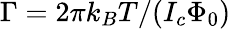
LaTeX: \Gamma=2\pi k_{B}T/(I_{c}\Phi_{0})